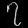
Digit: ၇